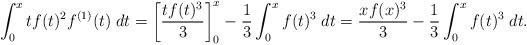
LaTeX: \begin{align*}\int_0^x tf(t)^2f^{(1)}(t) \;dt&=\left[\frac{tf(t)^3}{3}\right]_0^x-\frac{1}{3}\int_0^x f(t)^3 \;dt=\frac{xf(x)^3}{3}-\frac{1}{3}\int_0^x f(t)^3 \;dt.\end{align*}